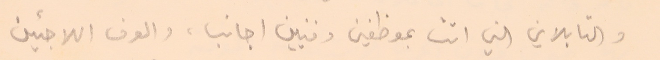
والتابلاين التي اتت بموظفين وفنيين اجانب، والوف اللاجئين